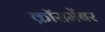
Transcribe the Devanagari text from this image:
क्रॉसमेंबर